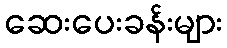
ဆေးပေးခန်းများ